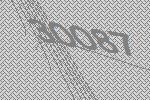
30087